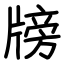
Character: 牓